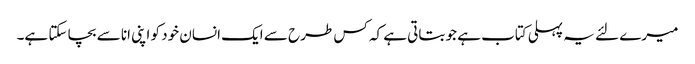
میرے لئے یہ پہلی کتاب ہے جو بتاتی ہے کہ کس طرح سے ایک انسان خود کو اپنی انا سے بچا سکتا ہے۔